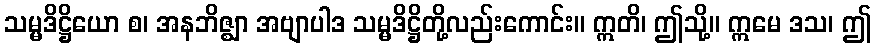
သမ္မဒိဋ္ဌိယော စ၊ အနဘိဇ္ဈာ အဗျာပါဒ သမ္မဒိဋ္ဌိတို့လည်းကောင်း။ ဣတိ၊ ဤသို့။ ဣမေ ဒသ၊ ဤ